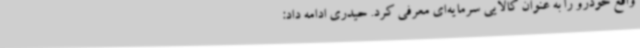
واقع خودرو را به عنوان کالایی سرمایه‌ای معرفی کرد. حیدری ادامه داد: